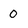
Character: 0